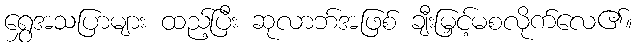
ရွှေအသပြာများ ထည့်ပြီး ဆုလာဘ်အဖြစ် ချီးမြှင့်မစလိုက်လေ၏။